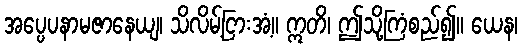
အပ္ပေပနာမဇာနေယျ၊ သိလိမ့်ငြားအံ့။ ဣတိ၊ ဤသို့ကြံစည်၍။ ယေန၊